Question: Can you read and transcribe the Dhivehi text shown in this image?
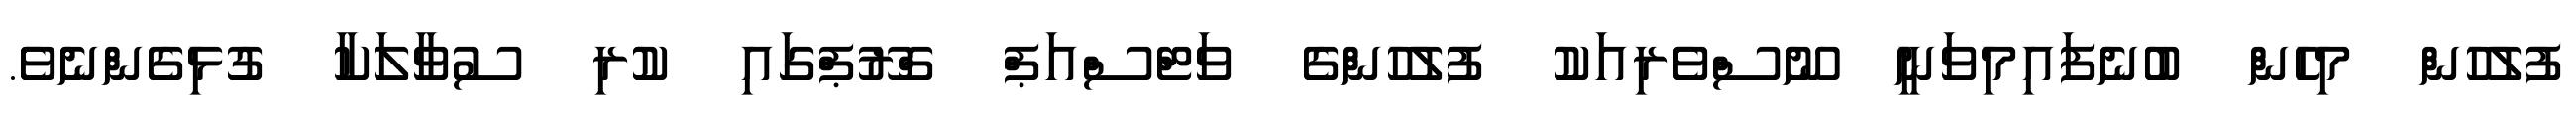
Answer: ފުލުހުން މިހެން ބުނެފައިމިވަނީ ނޫސްވެރިއަކު ފުލުހުންގެ ވަޓްސްއަޕް ގްރޫޕްގައި ކުރި ސުވާލަކާ ގުޅިގެންނެވެ.